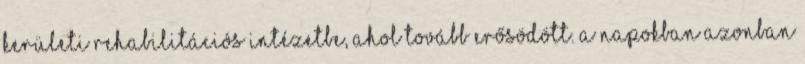
kerületi rehabilitációs intézetbe, ahol tovább erősödött. A napokban azonban